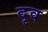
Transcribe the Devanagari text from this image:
दृव